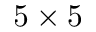
5 \times 5